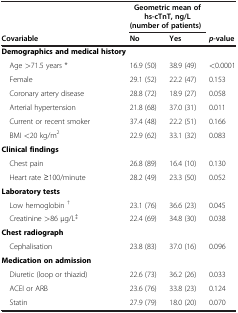
<table><thead><tr><td rowspan="2"><b> </b></td><td colspan="2"><b>Geometric mean of hs-cTnT, ng/L</b></td><td rowspan="2"><b> </b></td></tr><tr><td colspan="2"><b>(number of patients)</b></td></tr><tr><td><b>Covariable</b></td><td><b>No</b></td><td><b>Yes</b></td><td><b><i>p</i>-value</b></td></tr></thead><tbody><tr><td><b>Demographics and medical history</b></td><td> </td><td> </td><td> </td></tr><tr><td> Age &gt;71.5 years *</td><td>16.9 (50)</td><td>38.9 (49)</td><td>&lt;0.0001</td></tr><tr><td> Female</td><td>29.1 (52)</td><td>22.2 (47)</td><td>0.153</td></tr><tr><td> Coronary artery disease</td><td>28.8 (72)</td><td>18.9 (27)</td><td>0.058</td></tr><tr><td> Arterial hypertension</td><td>21.8 (68)</td><td>37.0 (31)</td><td>0.011</td></tr><tr><td> Current or recent smoker</td><td>37.4 (48)</td><td>22.2 (51)</td><td>0.166</td></tr><tr><td> BMI &lt;20 kg/m<sup>2</sup></td><td>22.9 (62)</td><td>33.1 (32)</td><td>0.083</td></tr><tr><td><b>Clinical findings</b></td><td> </td><td> </td><td> </td></tr><tr><td> Chest pain</td><td>26.8 (89)</td><td>16.4 (10)</td><td>0.130</td></tr><tr><td> Heart rate ≥100/minute</td><td>28.2 (49)</td><td>23.3 (50)</td><td>0.052</td></tr><tr><td><b>Laboratory tests</b></td><td> </td><td> </td><td> </td></tr><tr><td> Low hemoglobin <sup>†</sup></td><td>23.1 (76)</td><td>36.6 (23)</td><td>0.045</td></tr><tr><td> Creatinine &gt;86 μg/L<sup>‡</sup></td><td>22.4 (69)</td><td>34.8 (30)</td><td>0.038</td></tr><tr><td><b>Chest radiograph</b></td><td> </td><td> </td><td> </td></tr><tr><td> Cephalisation</td><td>23.8 (83)</td><td>37.0 (16)</td><td>0.096</td></tr><tr><td><b>Medication on admission</b></td><td> </td><td> </td><td> </td></tr><tr><td> Diuretic (loop or thiazid)</td><td>22.6 (73)</td><td>36.2 (26)</td><td>0.033</td></tr><tr><td> ACEI or ARB</td><td>23.6 (76)</td><td>33.8 (23)</td><td>0.124</td></tr><tr><td> Statin</td><td>27.9 (79)</td><td>18.0 (20)</td><td>0.070</td></tr></tbody></table>